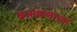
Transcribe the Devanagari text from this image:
बसवण्णांच्या